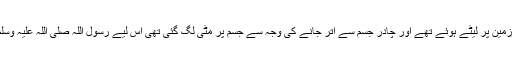
چونکہ جناب علی رضی اللہ عنہ فرشِ زمین پر لیٹے ہوئے تھے اور چادر جسم سے اتر جانے کی وجہ سے جسم پر مٹی لگ گئی تھی اس لیے رسول اللہ صلی اللہ علیہ وسلم نے ان کو ابوتراب سے خطاب فرمایا۔